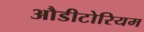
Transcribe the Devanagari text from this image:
औडीटोरियम